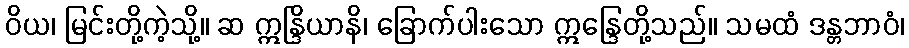
ဝိယ၊ မြင်းတို့ကဲ့သို့။ ဆ ဣန္ဒြိယာနိ၊ ခြောက်ပါးသော ဣန္ဒြေတို့သည်။ သမထံ ဒန္တဘာဝံ၊